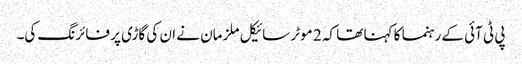
پی ٹی آئی کے رہنما کا کہنا تھا کہ 2 موٹر سائیکل ملزمان نے ان کی گاڑی پر فائرنگ کی۔